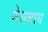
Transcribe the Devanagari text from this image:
नेसबाय